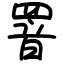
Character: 罯